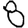
Digit: 8